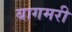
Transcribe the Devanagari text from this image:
बागमरी